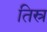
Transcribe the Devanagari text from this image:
तिस्र